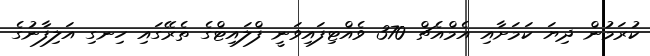
ކުރަމުން ދިޔަ ކަމަށާއި އެމްއެޗް 370 ވެއްޓިފައިވަނީ ފްލައިޓްގެ ތެރޭގައި ހިނގި އަލިފާނުގެ